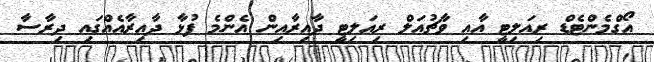
އޯގްމެންޓެޑް ރިއަލިޓީ އާއި ވާޗުއަލް ރިއަލިޓީ ދާއިރާއިން އެންމެ ފުޅާ ދާއިރާއެއްގައި ދިރާސާ